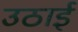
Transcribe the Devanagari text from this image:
उठाईं